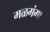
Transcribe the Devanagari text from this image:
मळगंगा